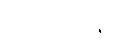
အဲဗာတန်